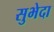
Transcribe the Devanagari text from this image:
सुभेदा